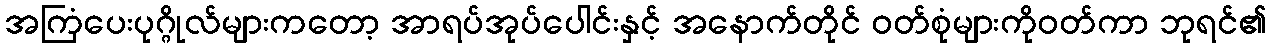
အကြံပေးပုဂ္ဂိုလ်များကတော့ အာရပ်အုပ်ပေါင်းနှင့် အနောက်တိုင် ဝတ်စုံများကိုဝတ်ကာ ဘုရင်၏